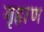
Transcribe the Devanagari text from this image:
गृहाण